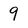
Character: 9